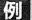
例